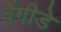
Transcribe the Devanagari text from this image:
वेंगीडे